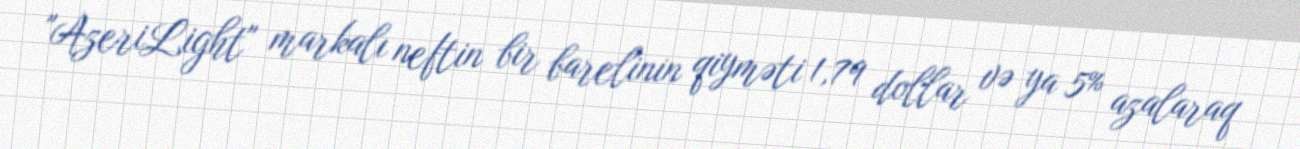
"AzeriLight" markalı neftin bir barelinin qiyməti 1,79 dollar və ya 5% azalaraq